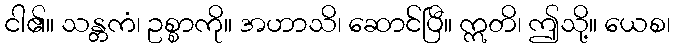
ငါ၏။ သန္တကံ၊ ဥစ္စာကို။ အဟာသိ၊ ဆောင်ပြီ။ ဣတိ၊ ဤသို့။ ယေစ၊